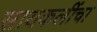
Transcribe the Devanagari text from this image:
सायकलींचा